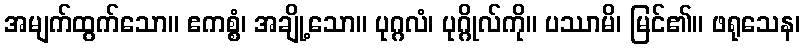
အမျက်ထွက်သော။ ဧကစ္စံ၊ အချို့သော။ ပုဂ္ဂလံ၊ ပုဂ္ဂိုလ်ကို။ ပဿာမိ၊ မြင်၏။ ဖရုသေန၊